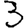
Digit: 3